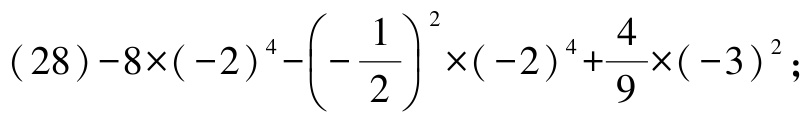
\((28)-8\times(-2)^{4}-\left(-\dfrac{1}{2}\right)^{2}\times(-2)^{4}+\dfrac{4}{9}\times(-3)^{2};\)